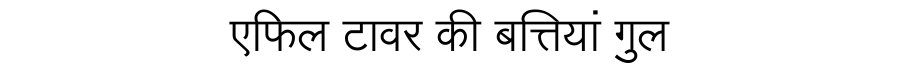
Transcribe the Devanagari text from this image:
एफिल टावर की बत्तियां गुल